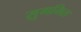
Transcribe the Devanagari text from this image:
सुगमित